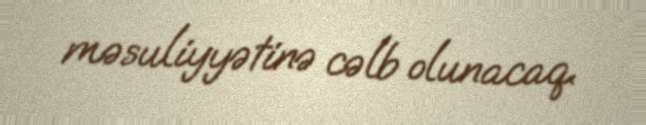
məsuliyyətinə cəlb olunacaq.